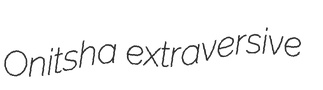
Onitsha extraversive